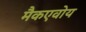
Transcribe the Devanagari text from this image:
मैकएवोय